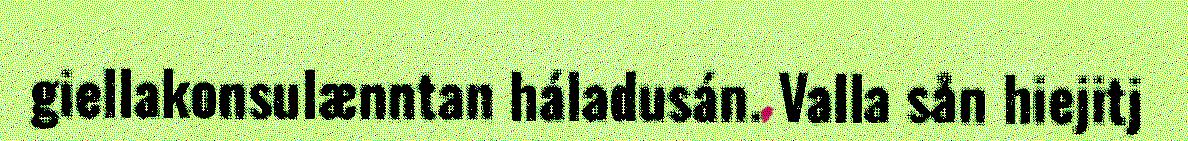
giellakonsulænntan háladusán. Valla sån hiejitj